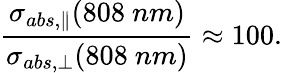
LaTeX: \frac{\sigma_{abs,\parallel}(808\ nm)}{\sigma_{abs,\perp}(808\ nm)}\approx 100.